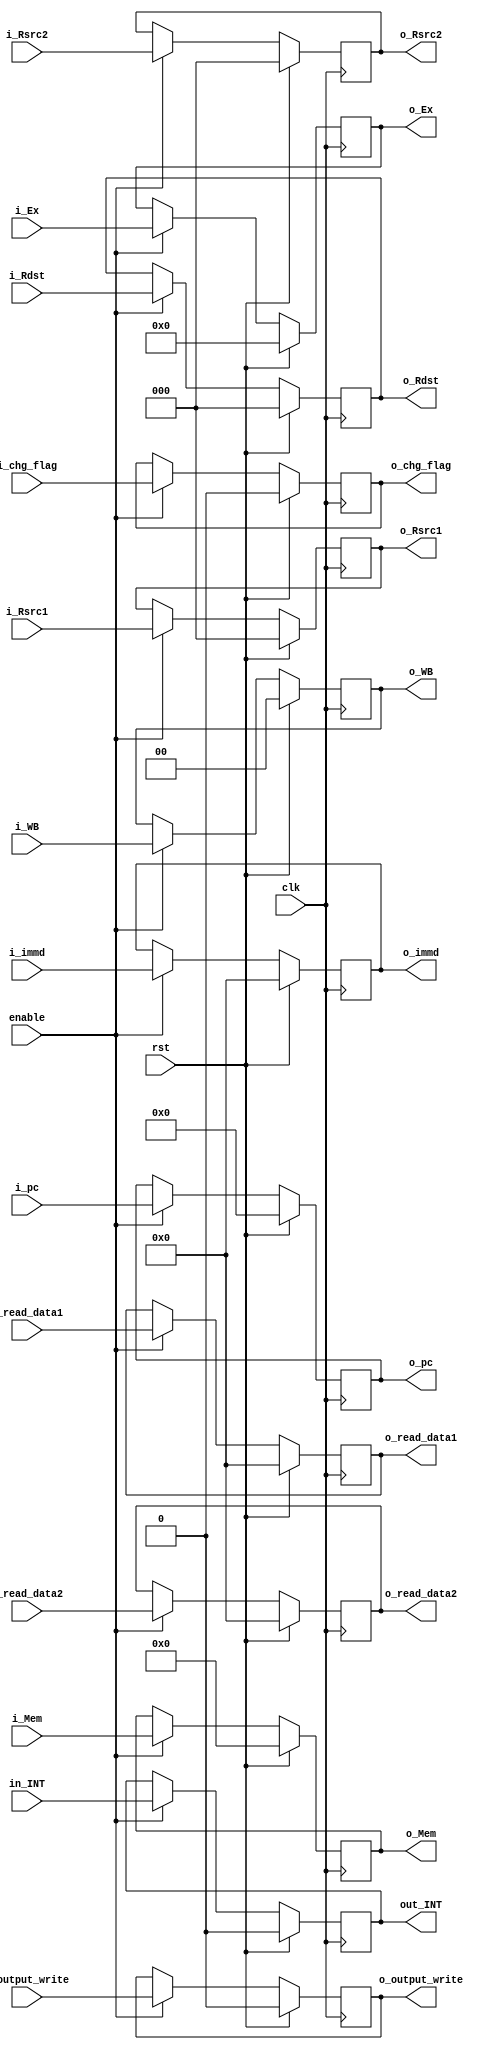
module dec_alu_buf 
    #( parameter    
        WbSize  = 2,
        MemSize = 9,
        ExSize  = 14
    )
    (
    input rst,
    input  clk,enable,

    input [WbSize -1 :0] i_WB, 
    input [MemSize-1 :0] i_Mem, 
    input [ExSize-1  :0] i_Ex , 
    input i_chg_flag,
    input [31:0] i_pc,
    input [2: 0] i_Rsrc1 , i_Rsrc2 , i_Rdst,
    input [15:0] i_immd, i_read_data1, i_read_data2,
    input i_output_write ,
    input in_INT ,

    output reg [WbSize -1 :0] o_WB, 
    output reg [MemSize-1 :0] o_Mem, 
    output reg [ExSize-1  :0] o_Ex , 
    output reg o_chg_flag,
    output reg [31:0] o_pc   ,
    output reg [2:0]  o_Rsrc1 , o_Rsrc2 , o_Rdst,
    output reg [15:0] o_immd , o_read_data1, o_read_data2,
    output reg o_output_write ,
    output reg out_INT

);
    always @(negedge clk) begin
        if(rst == 1'b1) begin
            o_WB <=        0;
            o_Mem <=       0;
            o_Ex <=        0;
            o_chg_flag <=  0;
            o_pc<=         0;
            o_read_data1<= 0;
            o_read_data2<= 0;
            o_Rsrc1<=      0;
            o_Rsrc2<=      0;
            o_Rdst<=       0;
            o_immd<=       0;
            o_output_write <= 0 ;
            out_INT <=0;
        end
        else if(enable == 1'b1) begin
            o_WB <=         i_WB;
            o_Mem <=        i_Mem;
            o_Ex <=         i_Ex;
            o_chg_flag <=   i_chg_flag;
            o_pc<=          i_pc;
            o_read_data1<=  i_read_data1;
            o_read_data2<=  i_read_data2;
            o_Rsrc1<=       i_Rsrc1;
            o_Rsrc2<=       i_Rsrc2;
            o_Rdst<=        i_Rdst;
            o_immd<=        i_immd;
            o_output_write <= i_output_write ;
            out_INT  <= in_INT;
        end
    end
endmodule